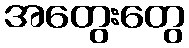
အတွေးတွေ